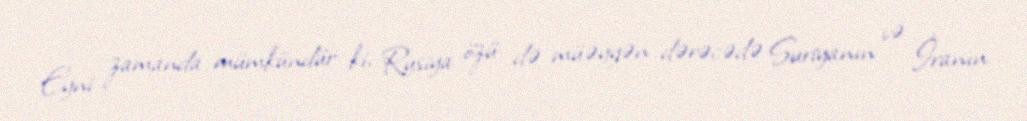
Eyni zamanda mümkündür ki, Rusiya özü də müəyyən dərəcədə Suriyanın və İranın